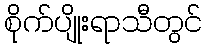
စိုက်ပျိုးရာသီတွင်